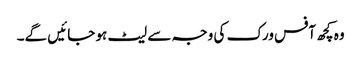
وہ کچھ آفس ورک کی وجہ سے لیٹ ہو جائیں گے۔